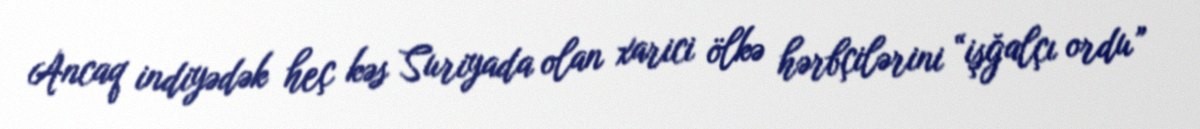
Ancaq indiyədək heç kəs Suriyada olan xarici ölkə hərbçilərini “işğalçı ordu”